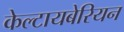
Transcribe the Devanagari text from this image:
केल्टायबेरियन